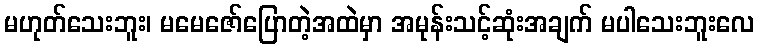
မဟုတ်သေးဘူး၊ မမေဇော်ပြောတဲ့အထဲမှာ အမုန်းသင့်ဆုံးအချက် မပါသေးဘူးလေ